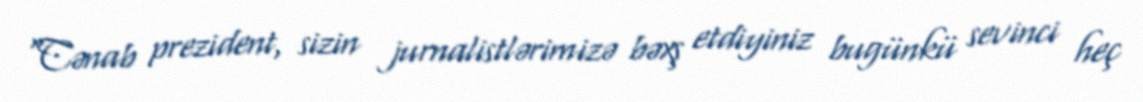
“Cənab prezident, sizin jurnalistlərimizə bəxş etdiyiniz bugünkü sevinci heç